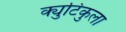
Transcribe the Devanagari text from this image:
क्युटिकुला